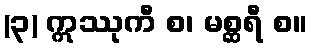
(၃) ဣဿုကီ စ၊ မစ္ဆရီ စ။